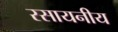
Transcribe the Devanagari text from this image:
रसायनीय